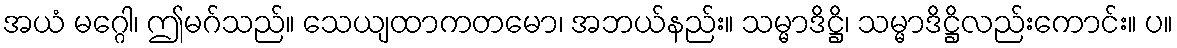
အယံ မဂ္ဂေါ၊ ဤမဂ်သည်။ သေယျထာကတမော၊ အဘယ်နည်း။ သမ္မာဒိဋ္ဌိ၊ သမ္မာဒိဋ္ဌိလည်းကောင်း။ ပ။